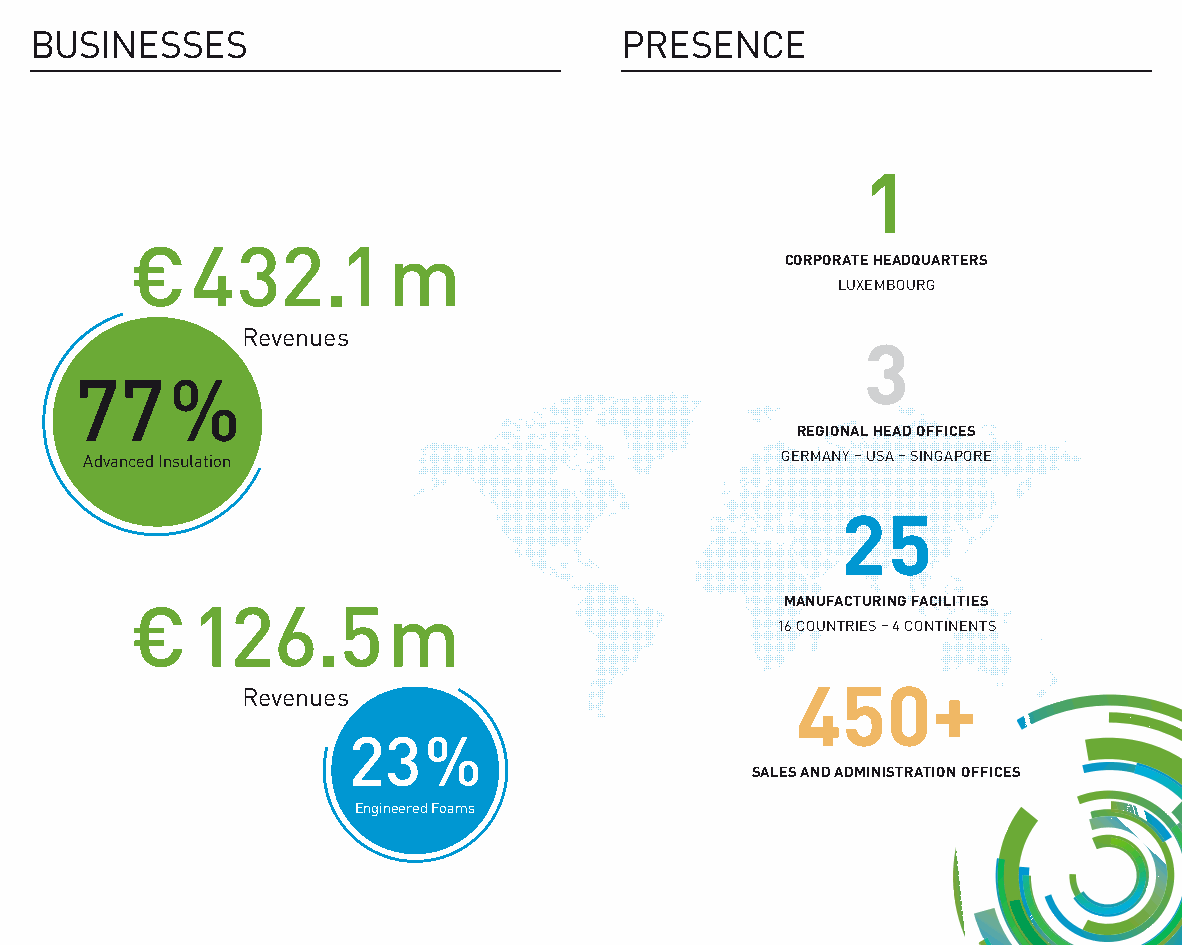
BUSINESSES                             PRESENCE
 1
 €   432.1        m
 CORPORATE HEADQUARTERS
 LUXEMBOURG
 Revenues
 3
 77    %
 REGIONAL HEAD OFFICES
 Advanced Insulation                           GERMANY – USA – SINGAPORE
 25
 MANUFACTURING FACILITIES
 €   126.5        m
 16 COUNTRIES – 4 CONTINENTS
 Revenues
 450+
 23   %
 SALES AND ADMINISTRATION OFFICES
 Engineered Foams